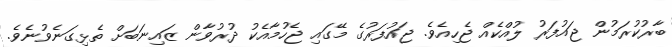
ބާރުކުރަމުން ޖައުފަރު ލުއްކެއް ޖެހިއެވެ. ޖައުފަރުގެ މޭގައި ޖެހުމާއެކު ދުރުވާން ޒައިނަބަށް ތެޅިގަނެވުނެވެ.